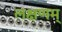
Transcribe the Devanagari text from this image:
लक्षणम्